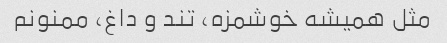
مثل همیشه خوشمزه، تند و داغ، ممنونم